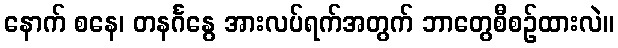
နောက် စနေ၊ တနင်္ဂနွေ အားလပ်ရက်အတွက် ဘာတွေစီစဉ်ထားလဲ။